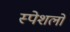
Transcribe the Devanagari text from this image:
स्पेशलों